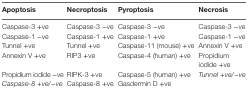
<table><thead><tr><td><b>Apoptosis</b></td><td><b>Necroptosis</b></td><td><b>Pyroptosis</b></td><td><b>Necrosis</b></td></tr></thead><tbody><tr><td>Caspase-3 +ve</td><td>Caspase-3 −ve</td><td>Caspase-3 −ve</td><td>Caspase-3 −ve</td></tr><tr><td>Caspase-1 −ve</td><td>Caspase-1 +ve</td><td>Caspase-1 +ve</td><td>Caspase-1 −ve</td></tr><tr><td>Tunnel +ve</td><td>Tunnel +ve</td><td>Caspase-11 (mouse) +ve</td><td>Annexin V +ve</td></tr><tr><td>Annexin V +ve</td><td>RIP3 +ve</td><td>Caspase-4 (human) +ve</td><td>Propidium iodide +ve</td></tr><tr><td>Propidium iodide −ve</td><td>RIPK-3 +ve</td><td>Caspase-5 (human) +ve</td><td><i>Tunnel +ve/−ve</i></td></tr><tr><td><i>Caspase-8 +ve/−ve</i></td><td>Caspase-8 +ve</td><td>Gasdermin D +ve</td><td>[EMPTY_CELL]</td></tr></tbody></table>